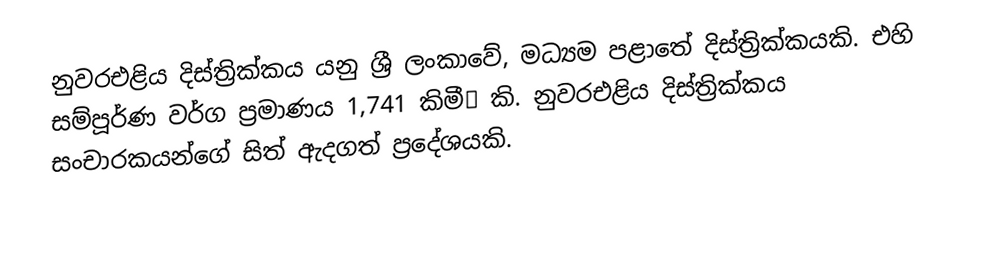
නුවරඑළිය දිස්ත්‍රික්කය යනු ශ්‍රී ලංකාවේ,  මධ්‍යම පළාතේ දිස්ත්‍රික්කයකි. එහි සම්පූර්ණ වර්ග ප්‍රමාණය 1,741 කිමී² කි. නුවරඑළිය දිස්ත්‍රික්කය සංචාරකයන්ගේ සිත් ඇදගත් ප්‍රදේශයකි.